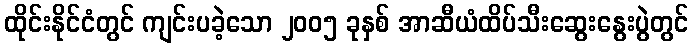
ထိုင်းနိုင်ငံတွင် ကျင်းပခဲ့သော ၂၀၀၅ ခုနှစ် အာဆီယံထိပ်သီးဆွေးနွေးပွဲတွင်